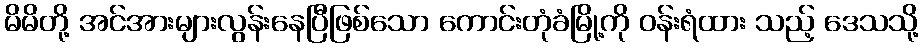
မိမိတို့ အင်အားများလွန်းနေပြီဖြစ်သော ကောင်းတုံခံမြို့ကို ဝန်းရံထား သည့် ဒေသသို့